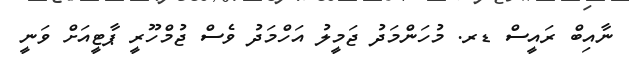
ނާއިބް ރައީސް ޑރ. މުހަންމަދު ޖަމީލު އަހްމަދު ވެސް ޖުމްހޫރީ ޕާޓީއަށް ވަނީ